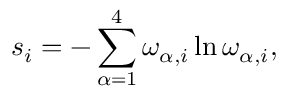
s _ { i } = - \sum _ { \alpha = 1 } ^ { 4 } \omega _ { \alpha , i } \ln \omega _ { \alpha , i } ,